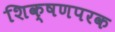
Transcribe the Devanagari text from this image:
शिक्षणपरक